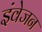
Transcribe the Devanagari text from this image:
इंवेजन